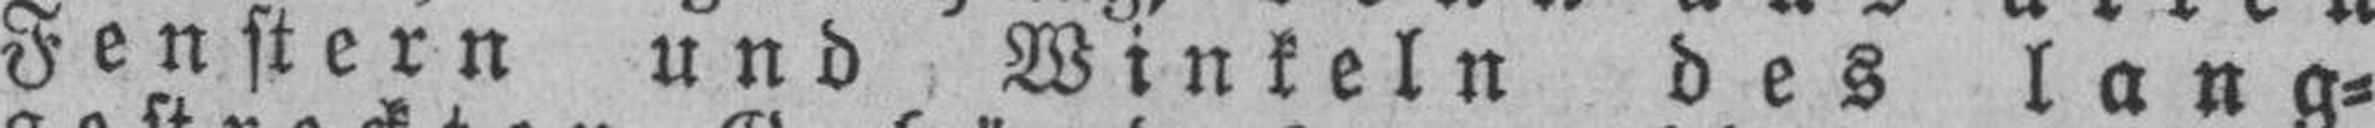
Fenstern und Winkeln des lang¬